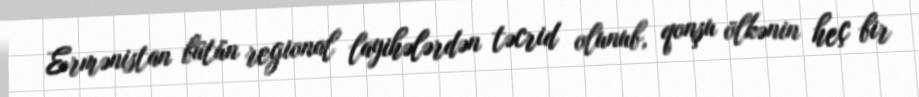
Ermənistan bütün regional layihələrdən təcrid olunub, qonşu ölkənin heç bir